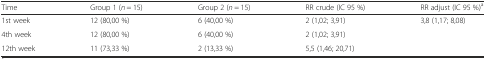
<table><thead><tr><td><b>Time</b></td><td><b>Group 1 (<i>n</i> = 15)</b></td><td><b>Group 2 (<i>n</i> = 15)</b></td><td><b>RR crude (IC 95 %)</b></td><td><b>RR adjust (IC 95 %)<sup>a</sup></b></td></tr></thead><tbody><tr><td>1st week</td><td>12 (80,00 %)</td><td>6 (40,00 %)</td><td>2 (1,02; 3,91)</td><td rowspan="3">3,8 (1,17; 8,08)</td></tr><tr><td>4th week</td><td>12 (80,00 %)</td><td>6 (40,00 %)</td><td>2 (1,02; 3,91)</td></tr><tr><td>12th week</td><td>11 (73,33 %)</td><td>2 (13,33 %)</td><td>5,5 (1,46; 20,71)</td></tr></tbody></table>